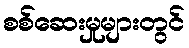
စစ်ဆေးမှုများတွင်